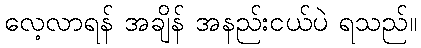
လေ့လာရန် အချိန် အနည်းငယ်ပဲ ရသည်။